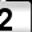
Digit: 2